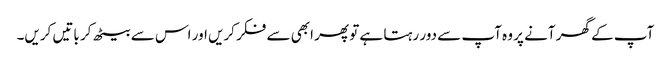
آپ کے گھر آنے پر وہ آپ سے دور رہتا ہے تو پھر ابھی سے فکر کریں اور اس سے بیٹھ کر باتیں کریں۔